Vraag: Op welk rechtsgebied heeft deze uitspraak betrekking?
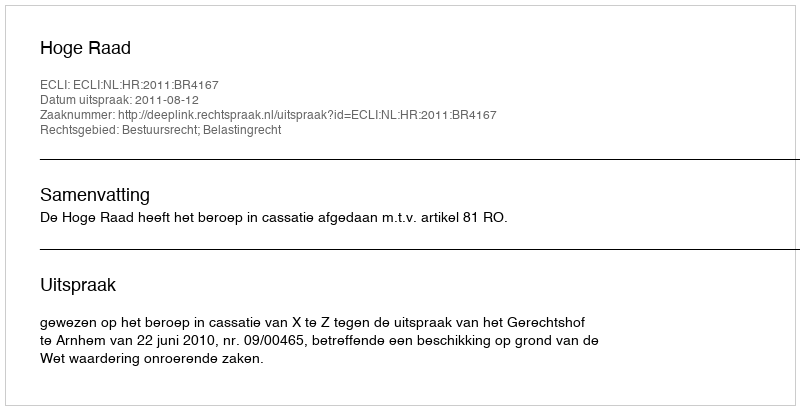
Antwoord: Bestuursrecht; Belastingrecht